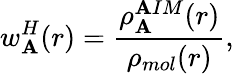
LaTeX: w_{\mathbf{A}}^{H}(r)=\frac{{\rho_{\mathbf{A}}^{\mathbf{A}IM}(r)}}{{\rho_{mol}(r)}},